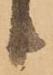
り